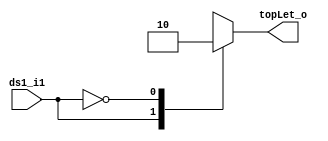
// Automatically generated Verilog-2001
module Hardware_ram1_12(ds1_i1
                       ,topLet_o);
  input [0:0] ds1_i1;
  output [0:0] topLet_o;
  reg [0:0] topLet_o_reg;
  always @(*) begin
    case(ds1_i1)
      1'b1 : topLet_o_reg = 1'b1;
      1'b0 : topLet_o_reg = 1'b0;
      default : topLet_o_reg = {1 {1'bx}};
    endcase
  end
  assign topLet_o = topLet_o_reg;
endmodule